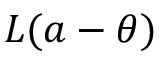
L ( a - \theta )